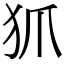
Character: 𤜶